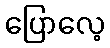
ပြောလေ့